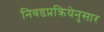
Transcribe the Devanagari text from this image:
निवडप्रक्रियेनुसार